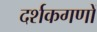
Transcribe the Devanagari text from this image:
दर्शकगणों